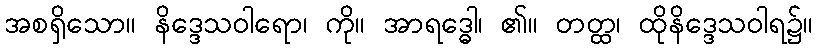
အစရှိသော။ နိဒ္ဒေသဝါရော၊ ကို။ အာရဒ္ဓေါ၊ ၏။ တတ္ထ၊ ထိုနိဒ္ဒေသဝါရ၌။